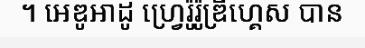
។ អេឌូអាដូ ហ្វ្រេរ៉ូរ៉ូឌ្រីហ្គេស បាន